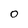
Character: O